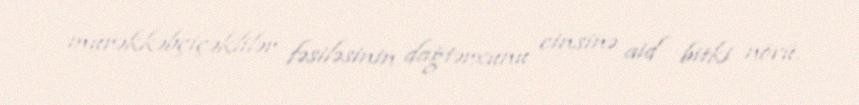
mürəkkəbçiçəklilər fəsiləsinin dağtərxunu cinsinə aid bitki növü.